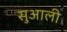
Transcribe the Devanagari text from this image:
सुआली